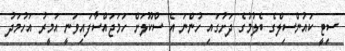
ސިޓީ ކައުންސިލްގެ ބެލުމުގެ ދަށުގައި ހުންނަ އެ ސްކޫލަށް ހަމަޖައްސާފައިވަނީ އަމީރު އަހުމަދު